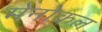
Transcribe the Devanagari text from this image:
मेनोकल